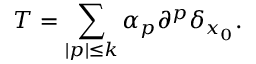
T = \sum _ { | p | \leq k } \alpha _ { p } \partial ^ { p } \delta _ { x _ { 0 } } .